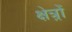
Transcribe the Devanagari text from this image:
क्षेत्र्रों